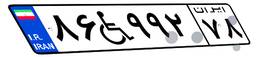
۸۶W۹۹۲۷۸